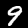
Digit: 9